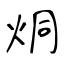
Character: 烔